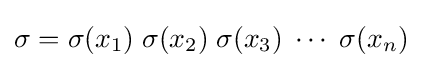
\sigma =\sigma (x_{1})\;\sigma (x_{2})\;\sigma (x_{3})\;\cdots \;\sigma (x_{n})